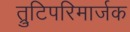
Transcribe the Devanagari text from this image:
त्रुटिपरिमार्जक